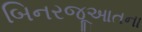
બિનરજૂઆતના